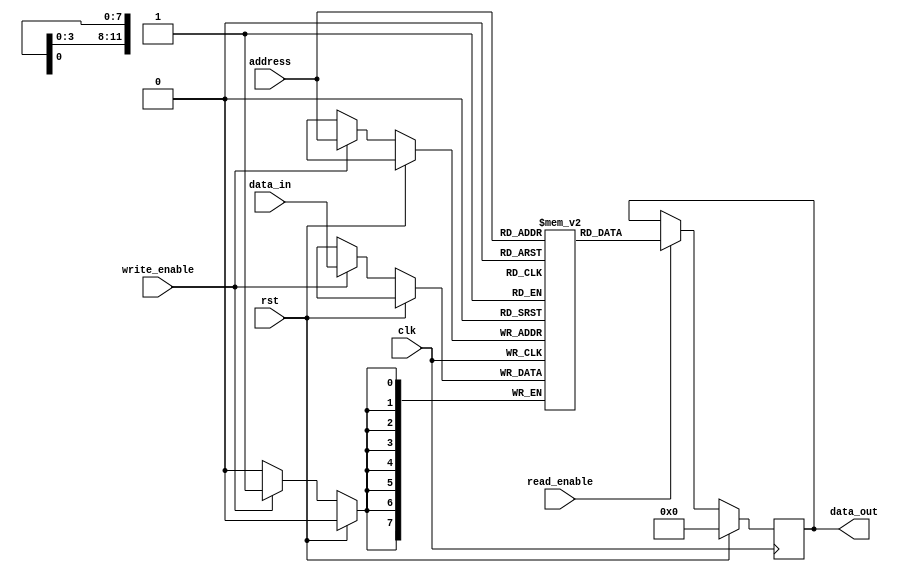
module DDR_SDRAM (
    input wire clk,
    input wire rst,
    input wire [7:0] data_in,
    output reg [7:0] data_out,
    input wire write_enable,
    input wire read_enable,
    input wire [11:0] address
);

reg [7:0] memory [0:4095];

always @(posedge clk) begin
    if (rst) begin
        data_out <= 8'b0;
    end else begin
        if (write_enable) begin
            memory[address] <= data_in;
        end
        if (read_enable) begin
            data_out <= memory[address];
        end
    end
end

endmodule